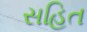
સહિત